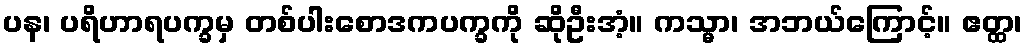
ပန၊ ပရိဟာရပက္ခမှ တစ်ပါးစောဒကပက္ခကို ဆိုဦးအံ့။ ကသ္မာ၊ အဘယ်ကြောင့်။ ဧတ္ထ၊